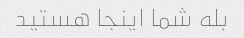
بله شما اینجا هستید